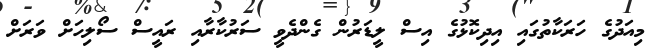
މިއަދުގެ ހަރަކާތުގައި އިދިކޮޅުގެ އިސް ލީޑަރުން ގެންދެވީ ސަރުކާރާއި ރައީސް ސޯލިހަށް ވަރަށް